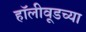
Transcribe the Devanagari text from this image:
हॉलीवूडच्या